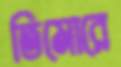
তিমোরে